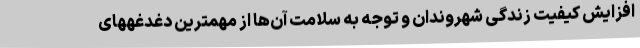
افزایش کیفیت زندگی شهروندان و توجه به سلامت آن‌ها از مهمترین دغدغههای